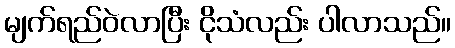
မျက်ရည်ဝဲလာပြီး ငိုသံလည်း ပါလာသည်။